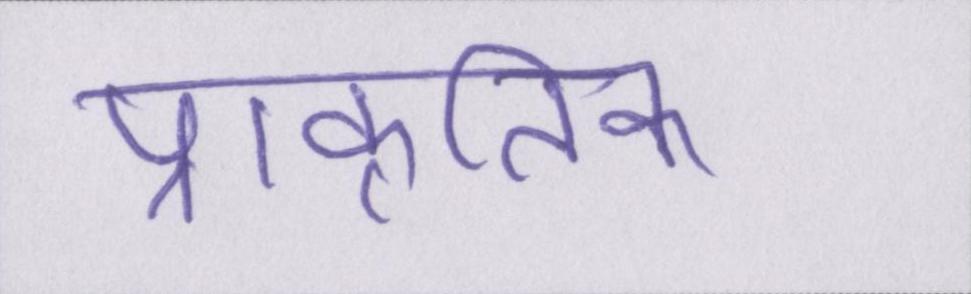
प्राकृतिक